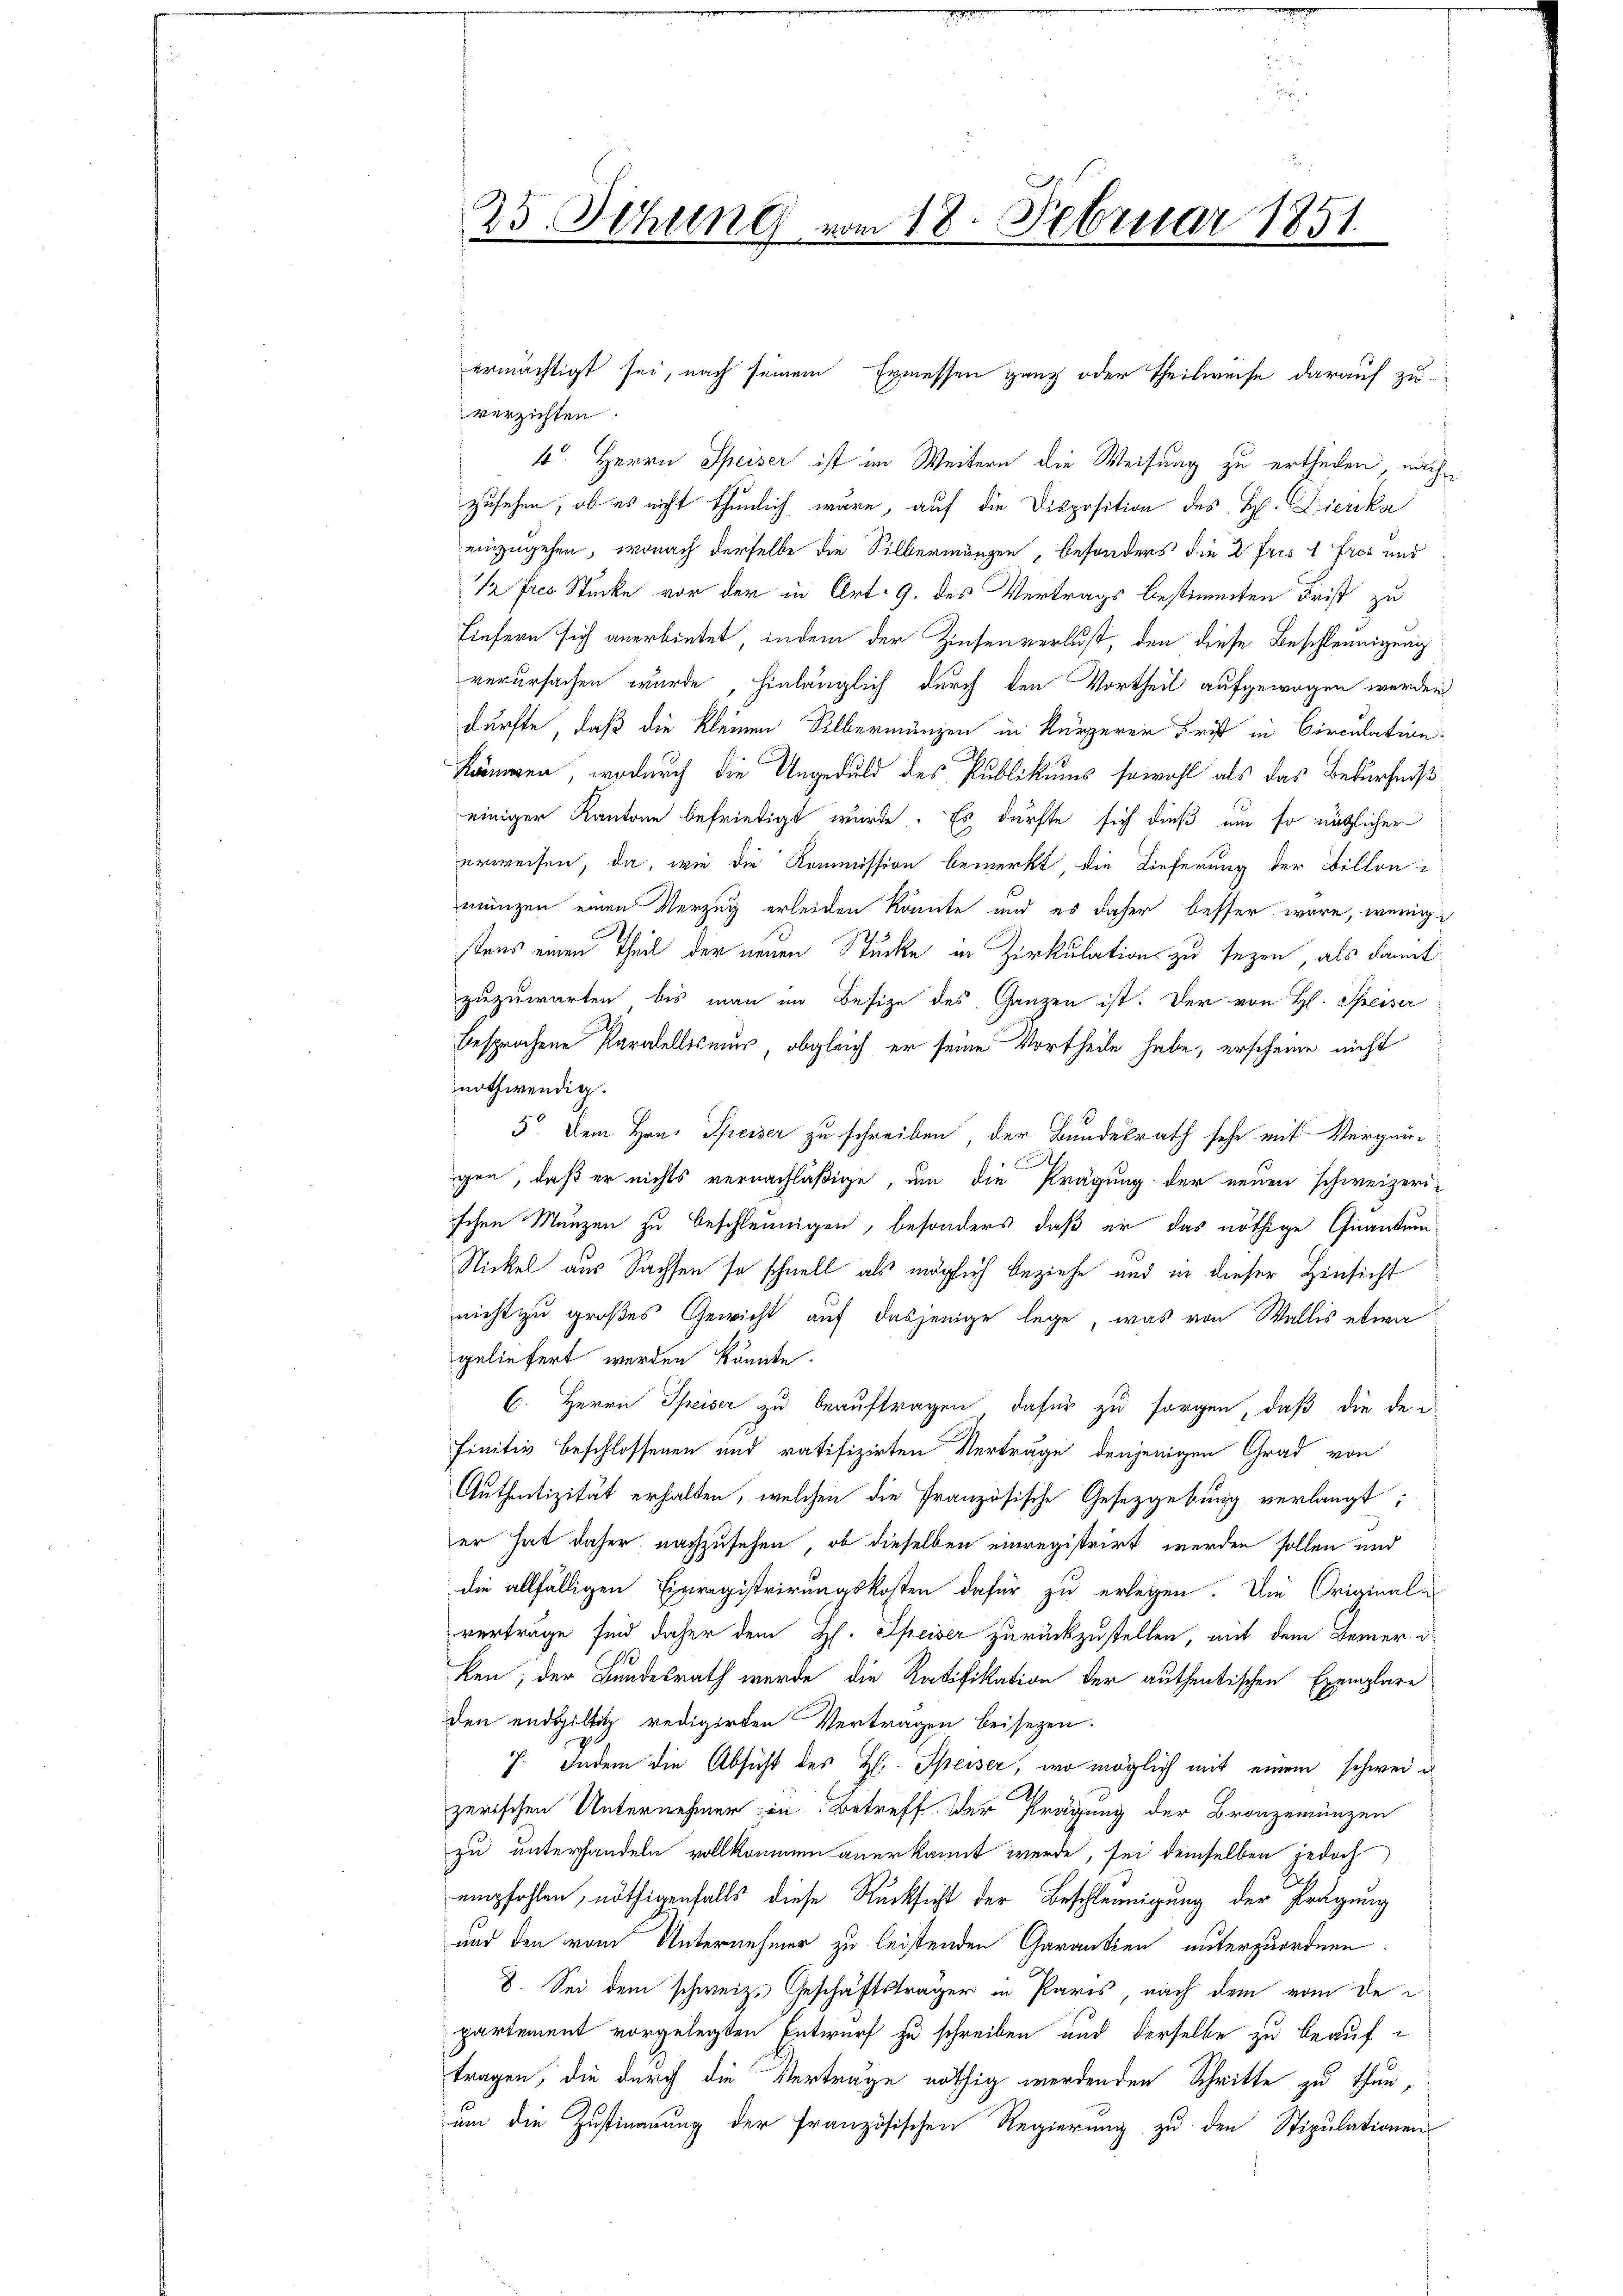
25. Jehung vom 18. Februar 1851

verzichten.
4. Herrn Speiser ist im Weitern die Weisung zu ertheilen, nachzusehen, ob es nicht thunlich wäre, auf die Disposition des H. Dierka
einzugehen, wonach derselbe die Silbermängen, besonders die 2. Fris 1 Fros und
½ Jrs Stücke vor der in Art. 9. des Vertrags bestimmten Frist zu
Liefern sich anerbietet, indem der Zinsenverlust, den diese Beschleunigung
verursachen wurde, hinlänglich durch den Vortheil aufgewogen werden
dürfte, daß die kleinen Silbermänzen in kürzerer Frist in Circulation:
kämmen, wodurch die Ungeduld des Publikums sowohl als das Bedürfniß
einiger Kantone befriedigt wurde. Es dürfte sich dieß um so nützlicher
erweisen, da, wie die Kommission bemerkt die Lieferung der Billoni
münzen einen Verzug erleiden könnte und es daher besser wäre, wenig
stens einen Theil der neuen Stücke in Zirkulations zu sezen, als damit
zuzuwarten, bis man im Besize des Ganzen ist. Der von H. Speiser
besprochene Paralellismus, obgleich er seine Vortheile habe, erscheine nicht
nothwendig.
5. Dem Hrn. Speiser zu schreiben der Bundesrath sehe mit Vergangen, daß er nichts vernachläßige, um die Prägung der neuen schweizeri-
schen Manzen zu beschleunigen, besonders, daß er das nöthige Quantum¬
Nickel aus Sachsen so schnell als möglich beziehe und in dieser Hinsicht
nicht zu großes Gewicht auf dasjenige lege, was von Wallis etwa
geliefert werden könnte.
C. Herrn Speiser zu beauftragen dafür zu sorgen, daß die der
finitiv beschlossenen und ratifizirten Verträge denjenigen Grad von
Authentizität erhalten, welchen die Französische Gesetzgebung verlangt;
er hat daher nachzusehen, ob dieselben einregistrirt werden sollen und
die allfälligen Einregistrirungskosten dafür zu erlegen. Die Originali
verträge sind daher dem H. Speiser zurückzustellen, mit dem Bemerken, der Bundesrath werde die Ratifikation der authentischen Exemplare
den endgültig redigirten Vertragen beisezen.
7. Indem die Absicht des H. Speiser, wo möglich mit einem schwei
zerischen Unternehmer in Betreff. Der Prägung der Bronzemunzen
zu unterhandeln vollkommen anerkannt werde, sei demselben jedoch
empfohlen, nöthigenfalls diese Rücksicht der Beschleunigung der Prägung
und den vom Unternehmer zu leistenden Carantien unterzuordnen
8. Sei dem schweiz. Geschäftsträger in Paris, nach dem vom de
partement vorgelegten Entwurf zu schreiben und derselbe zu beauftragen, die durch die Verträge nöthig werdenden Schritte zu thun,
um die Zustimmung der französischen Regierung zu den Stipulationen

ermächtigt sei, nach seinem Ermessen ganz oder Theilweise darauf zu